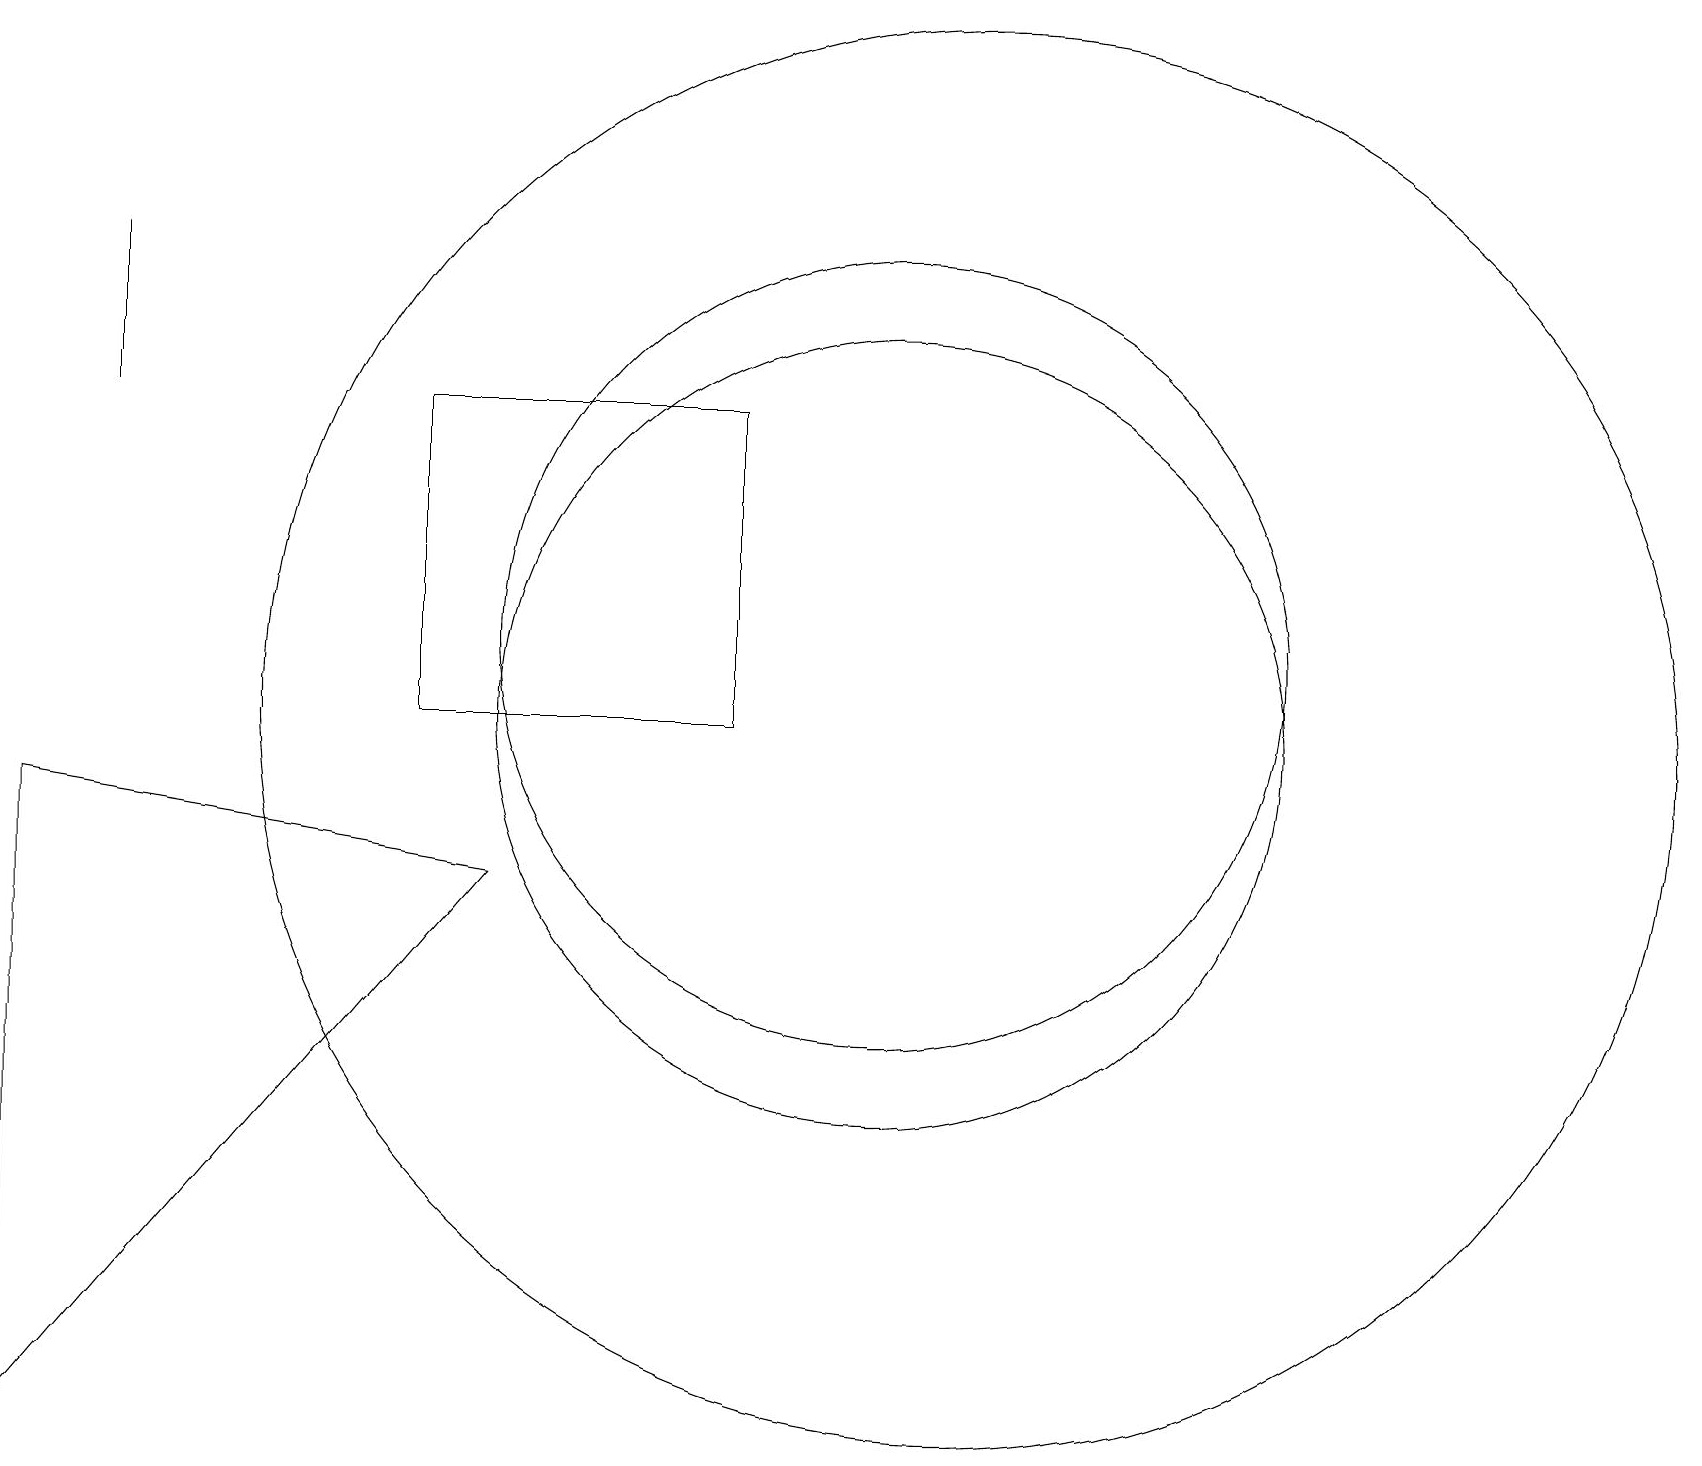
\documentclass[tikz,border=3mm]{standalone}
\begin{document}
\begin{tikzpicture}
\draw (12,10) circle (9);
\draw (1,14) rectangle (1,16);
\draw (9,14) rectangle (5,10);
\draw (11,10) circle (5);
\draw (0,1) -- (0,9) -- (6,8) -- cycle;
\draw (11,11) circle (5);
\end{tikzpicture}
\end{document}